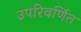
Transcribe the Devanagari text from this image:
उपरिवर्णित